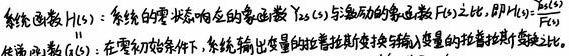
系统函数 \(H(s)\)：系统的零状态响应的象函数 \(Y_{zs}(s)\) 与激励的象函数 \(F(s)\) 之比，即
\[H(s)=\frac{Y_{zs}(s)}{F(s)}\]
传输函数 \(G(s)\)：在零初始条件下，系统输出变量的拉普拉斯变换与输入变量的拉普拉斯变换之比。